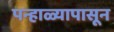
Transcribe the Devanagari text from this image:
पन्हाळ्यापासून